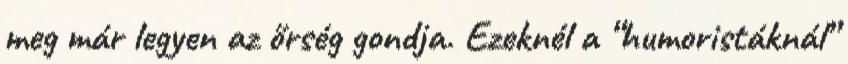
meg már legyen az őrség gondja. Ezeknél a “humoristáknál”